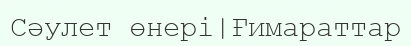
Сәулет өнері|Ғимараттар